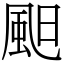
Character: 䫻